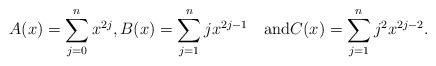
LaTeX: \begin{align*}A(x)=\sum_{j=0}^n x^{2j},B(x)=\sum_{j=1}^n j x^{2j-1}\quad\mbox{and}C(x)=\sum_{j=1}^n j^2 x^{2j-2}.\end{align*}